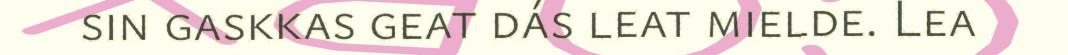
sin gaskkas geat dás leat mielde. Lea